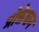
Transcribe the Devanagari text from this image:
प्रोफ़ेशन